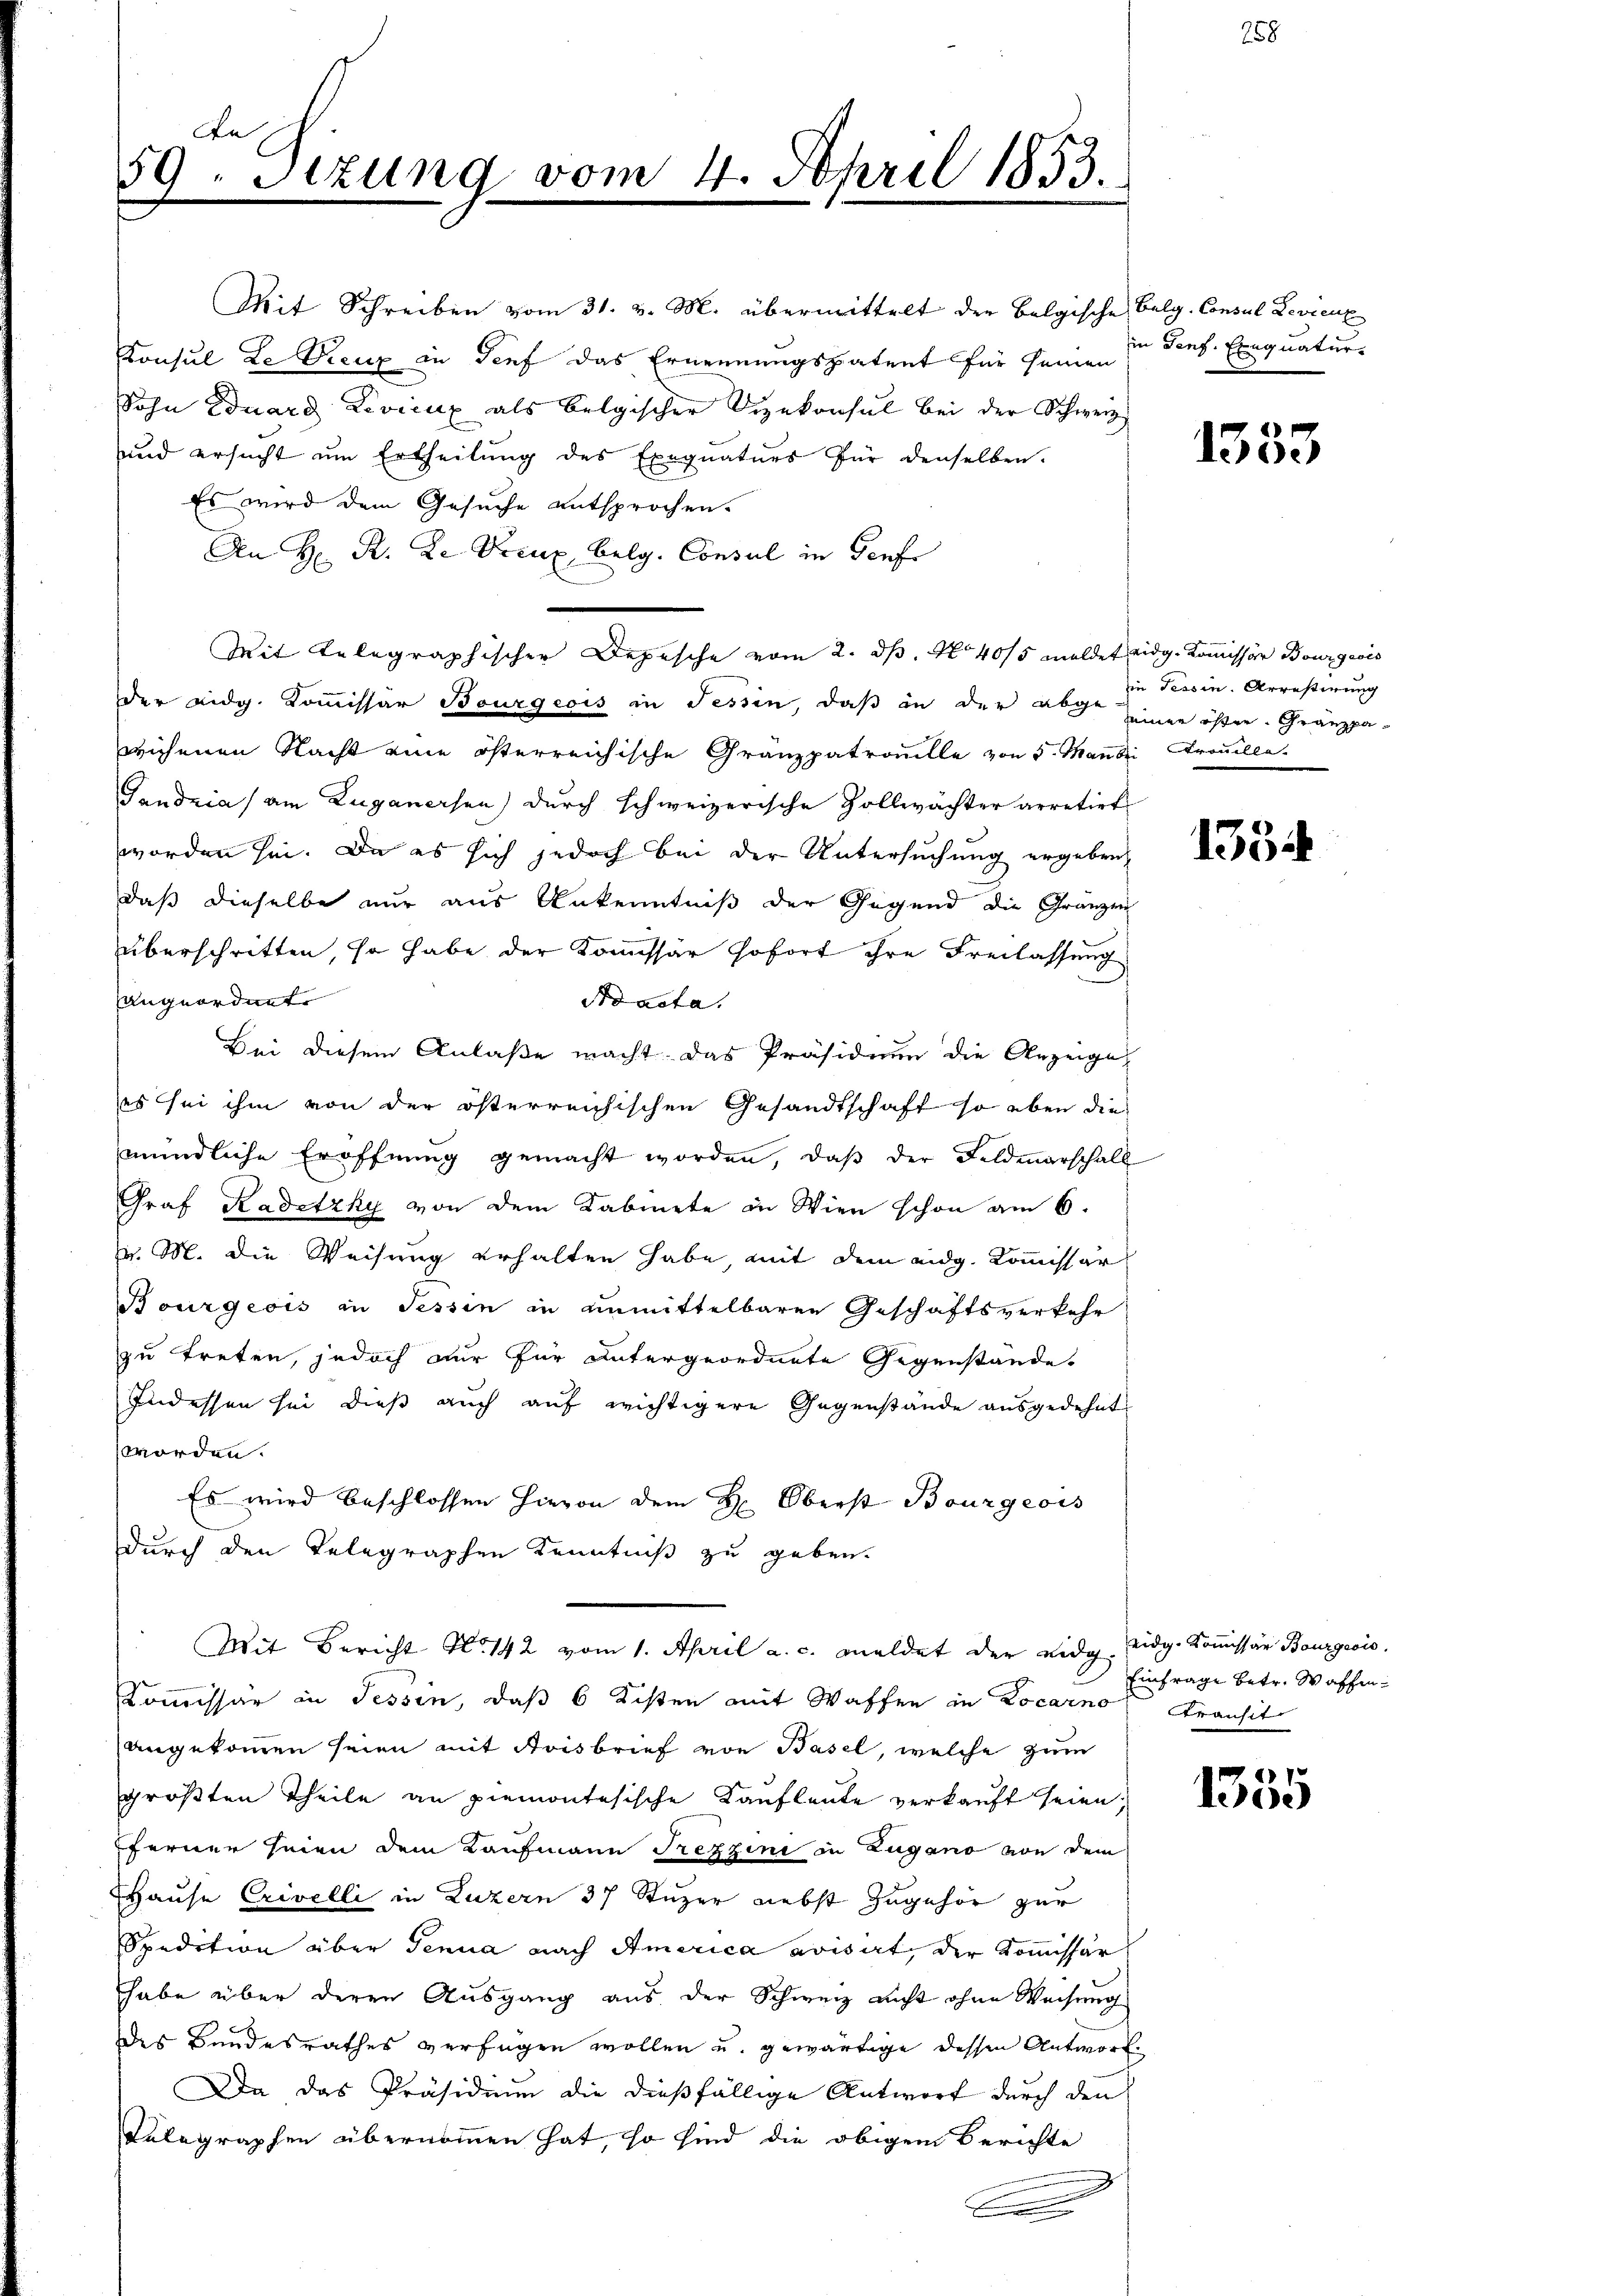
Da
59. Sitzung vom 4. April 1853.

Mit Schreiben vom 31. v. M. übermittelt der belgische Belg. Consul Levienz
Konsul Le Treuz in Genf das Ernennungspatent für seinen
Sohn Eduard Levicux als belgischer Vizekonsul bei der Schwerz
und ersucht um Ertheilung des Exequaturs für denselben.
Es wird dem Gesuche entsprochen.
An H. R. Le Treux Belg. Consul in Genf
Mit telegraphischer Depesche vom 2. ds. No 40/5 meldet eidg. Kommissär Bourgeois
der eidg. Kommissär Bourgeois in Tessin, daß in der abge seinen öster. Gränzpawiesenen Nacht eine österreichische Gränzpatronelle von 5. Man bei Trouille
Gandzia) am Zuganersen) durch schweizerische Zollwächter arretirt
worden sei. Da es sich jedoch bei der Untersuchung ergeben,
daß dieselbe nur aus Ankenntniß der Gegend die Gränzen
überschritten, so habe der Kommissär sofort ihre Freilassung
angeordnet.
Ad acta.
Bei diesem Anlaße macht. Das Präsidium die Anzeige,
es sei ihm von der österreichischen Gesandtschaft so eben die
mündliche Eröffnung gemacht worden, daβ der Feldmarschall
Graf Kadetzky von dem Kabinete in Wien schon am 6.
v. M. die Weisung erhalten habe, mit dem eidg. Kommissär
Bourgeois in Tessin in unmittelbaren Geschäftsverkehr
zu treten, jedoch nur für untergeordnete Gegenstände.
Indessen sei dieß auch auf wichtigere Gegenstände ausgedehnt
worden.
Es wird beschlossen hievon dem H: Oberst Bourgeois
durch den Telegraphen Kenntniß zu geben.
Mit Bericht No 142 vom 1. April a. c. meldet der eidg. eidg. Kommissär Bourgeois.
Kommissär in Tessin, daß 6 Kisten mit Waffen in Locarno Transit
angekommen seien mit Stoisbrief von Basel, welche zum
größten Theile an Piemontesische Kaufleute verkauft seien;
fferner seien dem Kaufmann Trezzini in Zugano von dem
Hause Crivelli in Luzern 37 Stuzer nebst zugehör zur
Spedition über Genua nach America avisirt, der Kommissär
habe über deren Ausgang aus der Schweiz nicht ohne Weisung
des Bundesrathes verfügen wollen u. gewärtige dessen Antwort
Da das Präsidium die dießfällige Antwort durch den
Relegraphen übernommen hat, so sind die obigem Berichte
e

in Genf. Exequatur

1353

in Tessin. Arrestirung

1334

Einfrage betr. Waffen¬

1335